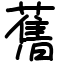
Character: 𦾔